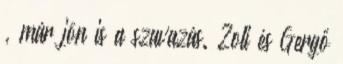
, már jön is a szavazás. Zoli és Gergő